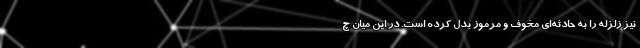
نیز زلزله را به حادثه‌ای مخوف و مرموز بدل کرده است. در این میان چ